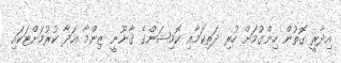
އިދާރީ ގޮތުން ހިންގުމަށް ހުރި ދަތިކަމާއި ކޮމިޝަންގެ ޤާނޫނީ ޒިންމާ އަދާ ކުރުމަށްޓަކައި